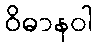
ဝိဓာနဝါ